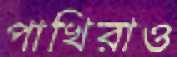
পাখিরাও